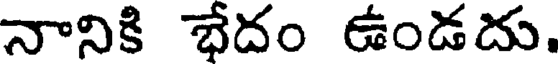
నానికి భేదం ఉండదు.